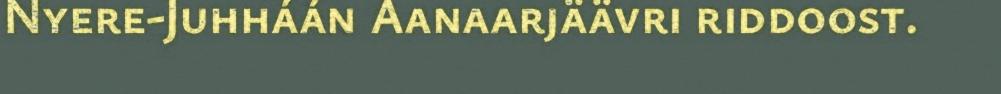
Nyere-Juhháán Aanaarjäävri riddoost.